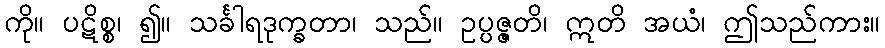
ကို။ ပဋိစ္စ၊ ၍။ သင်္ခါရဒုက္ခတာ၊ သည်။ ဥပ္ပဇ္ဇတိ၊ ဣတိ အယံ၊ ဤသည်ကား။